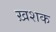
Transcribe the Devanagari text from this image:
ख़शक